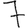
Digit: 7